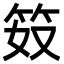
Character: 笯